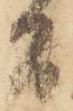
間